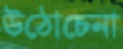
উঠোচেনা